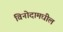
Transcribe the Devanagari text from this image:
विनोदामधील